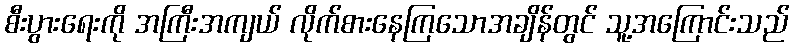
စီးပွားရေးကို အကြီးအကျယ် လိုက်စားနေကြသောအချိန်တွင် သူ့အကြောင်းသည်